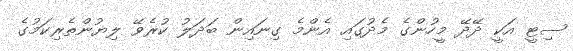
ސިޓީ އަކީ ދޭދޭ މީހުންގެ މެދުގައި އެންމެ ގިނައިން ބަދަލު ކުރެވޭ ލިޔުންތެރިކަމުގެ